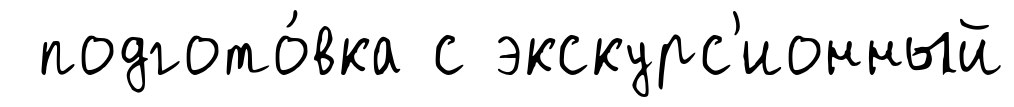
подгото́вка с экскурс'ионный